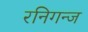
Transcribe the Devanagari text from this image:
रनिगन्ज